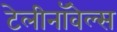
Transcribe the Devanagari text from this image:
टेलीनॉवेल्स